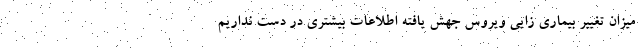
میزان تغییر بیماری زایی ویروس جهش یافته اطلاعات بیشتری در دست نداریم